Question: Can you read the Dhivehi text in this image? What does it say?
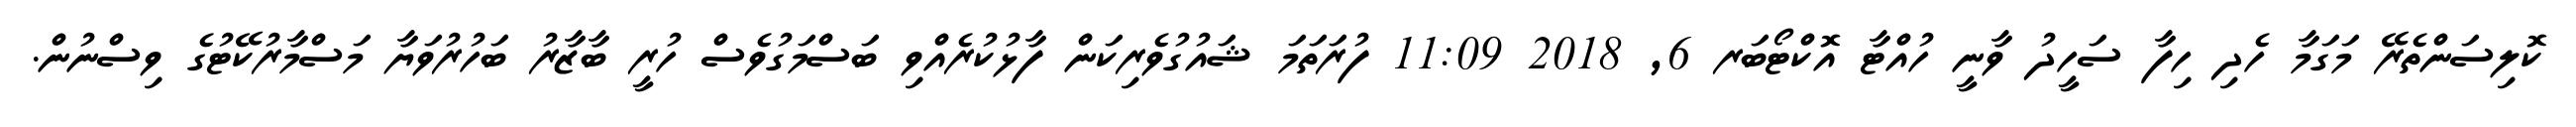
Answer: ކޮލިސަންތެރޭ މަގަމާ ހެދި ހިފާ ސަހީދު ވާނީ ހުއްޓާ އޮކްޓޯބަރ 6, 2018 11:09 ފުރަތަމަ ޝައުގުވެރިކަން ފާޅުކުރެއްވި ބަސްމަގުވެސް ހުރީ ބާޒާރު ބަހުރުވަޔާ މަސްމާރުކޭޓުގެ ވިސްނުން.